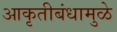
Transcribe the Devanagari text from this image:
आकृतीबंधामुळे